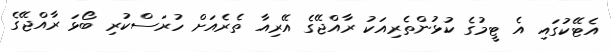
އެޓޭކުގައި އެ ޓީމުގެ ކުޅުންތެރިއަކު ރާއްޖޭގެ އޭރިއާ ތެރެއަށް ހުރަސްކުރި ބޯޅަ ރާއްޖޭގެ